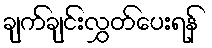
ချက်ချင်းလွှတ်ပေးရန်